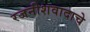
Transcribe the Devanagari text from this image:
रजनीशवादाचे